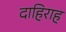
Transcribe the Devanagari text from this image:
दाहिराह